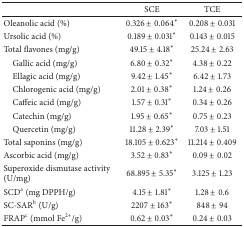
<table><thead><tr><td><b> </b></td><td><b>SCE</b></td><td><b>TCE</b></td></tr></thead><tbody><tr><td>Oleanolic acid (%)</td><td>0.326 ± 0.064<sup>*</sup></td><td>0.208 ± 0.031</td></tr><tr><td>Ursolic acid (%)</td><td>0.189 ± 0.031<sup>*</sup></td><td>0.143 ± 0.015</td></tr><tr><td>Total flavones (mg/g)</td><td>49.15 ± 4.18<sup>*</sup></td><td>25.24 ± 2.63</td></tr><tr><td> Gallic acid (mg/g)</td><td>6.80 ± 0.32<sup>*</sup></td><td>4.38 ± 0.22</td></tr><tr><td> Ellagic acid (mg/g)</td><td>9.42 ± 1.45<sup>*</sup></td><td>6.42 ± 1.73</td></tr><tr><td> Chlorogenic acid (mg/g)</td><td>2.01 ± 0.38<sup>*</sup></td><td>1.24 ± 0.26</td></tr><tr><td> Caffeic acid (mg/g)</td><td>1.57 ± 0.31<sup>*</sup></td><td>0.34 ± 0.26</td></tr><tr><td> Catechin (mg/g)</td><td>1.95 ± 0.65<sup>*</sup></td><td>0.75 ± 0.23</td></tr><tr><td> Quercetin (mg/g)</td><td>11.28 ± 2.39<sup>*</sup></td><td>7.03 ± 1.51</td></tr><tr><td>Total saponins (mg/g)</td><td>18.105 ± 0.623<sup>*</sup></td><td>11.214 ± 0.409</td></tr><tr><td>Ascorbic acid (mg/g)</td><td>3.52 ± 0.83<sup>*</sup></td><td>0.09 ± 0.02</td></tr><tr><td>Superoxide dismutase activity (U/mg)</td><td>68.895 ± 5.35<sup>*</sup></td><td>3.125 ± 1.23</td></tr><tr><td>SCD<sup>a</sup> (mg DPPH/g)</td><td>4.15 ± 1.81<sup>*</sup></td><td>1.28 ± 0.6</td></tr><tr><td>SC-SAR<sup>b</sup> (U/g)</td><td>2207 ± 163<sup>*</sup></td><td>848 ± 94</td></tr><tr><td>FRAP<sup>c</sup> (mmol Fe<sup>2+</sup>/g)</td><td>0.62 ± 0.03<sup>*</sup></td><td>0.24 ± 0.03</td></tr></tbody></table>